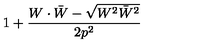
1 + { \frac { W \cdot \bar { W } - \sqrt { W ^ { 2 } \bar { W } ^ { 2 } } } { 2 p ^ { 2 } } }